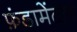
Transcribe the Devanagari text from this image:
फ़ंडामेंटल